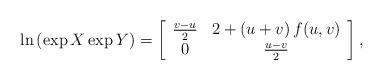
LaTeX: \begin{align*}\ln\left( \exp X \exp Y\right) = \left[\begin{array}{cc} {v-u\over2}& 2 + (u+v) \, f(u,v)\\ 0 & {u-v\over2}\end{array}\right],\end{align*}